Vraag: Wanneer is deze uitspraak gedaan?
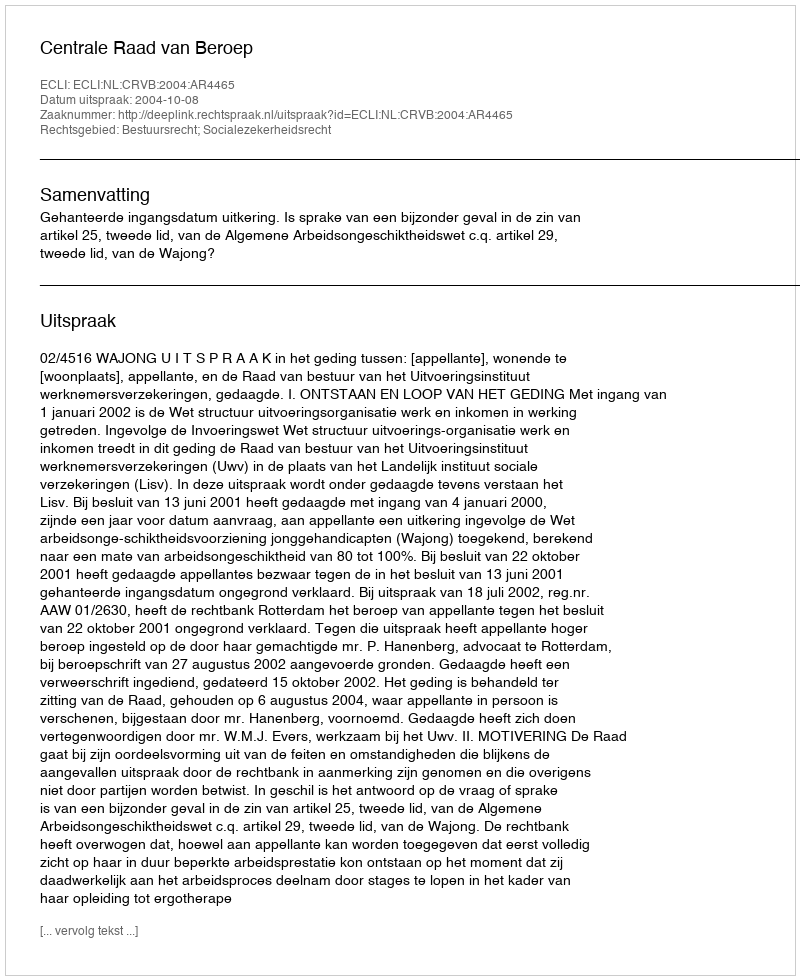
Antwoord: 2004-10-08